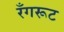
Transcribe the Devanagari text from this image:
रँगरूट